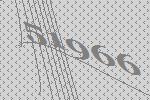
51966